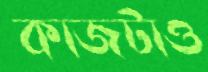
কাজটাও